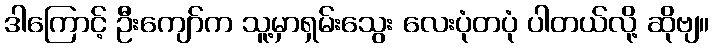
ဒါကြောင့် ဦးကျော်က သူ့မှာရှမ်းသွေး လေးပုံတပုံ ပါတယ်လို့ ဆိုဗျ။